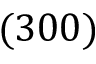
( 3 0 0 )